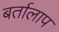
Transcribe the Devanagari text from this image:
बर्तालाप